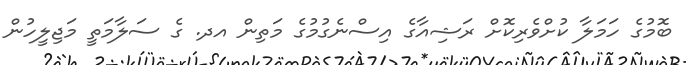
ބޮމުގެ ހަމަލާ ކުށްވެރިކޮށް ރަޝިއާގެ އިސްނެގުމުގެ މަތިން އދ. ގެ ސަލާމަތީ މަޖިލީހުން